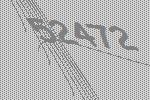
52472